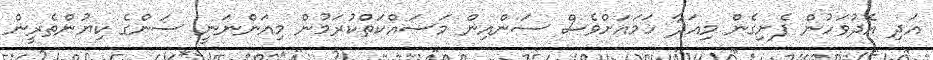
އަދި އެދުވަހުން ފެށިގެން މިއަދާ ހަމައަށްވެސް ސަންއިން މަސައްކަތްކުރަމުން މިއަންނަނީ ސަންގެ ކިޔުންތެރީން